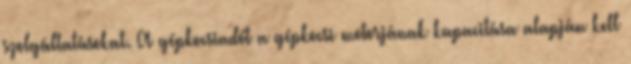
szolgáltatásokat. A gépkocsiadót a gépkocsi motorjának kapacitása alapján kell